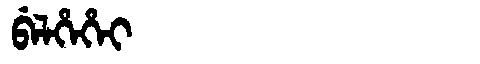
Manchu: ᠪᡝᠯᡥᡝᡥᡝᡳ
Romanization: BELHEHEI